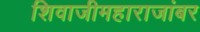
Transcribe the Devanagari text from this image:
शिवाजीमहाराजांबर